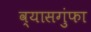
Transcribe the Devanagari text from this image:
व्यासगुंफा